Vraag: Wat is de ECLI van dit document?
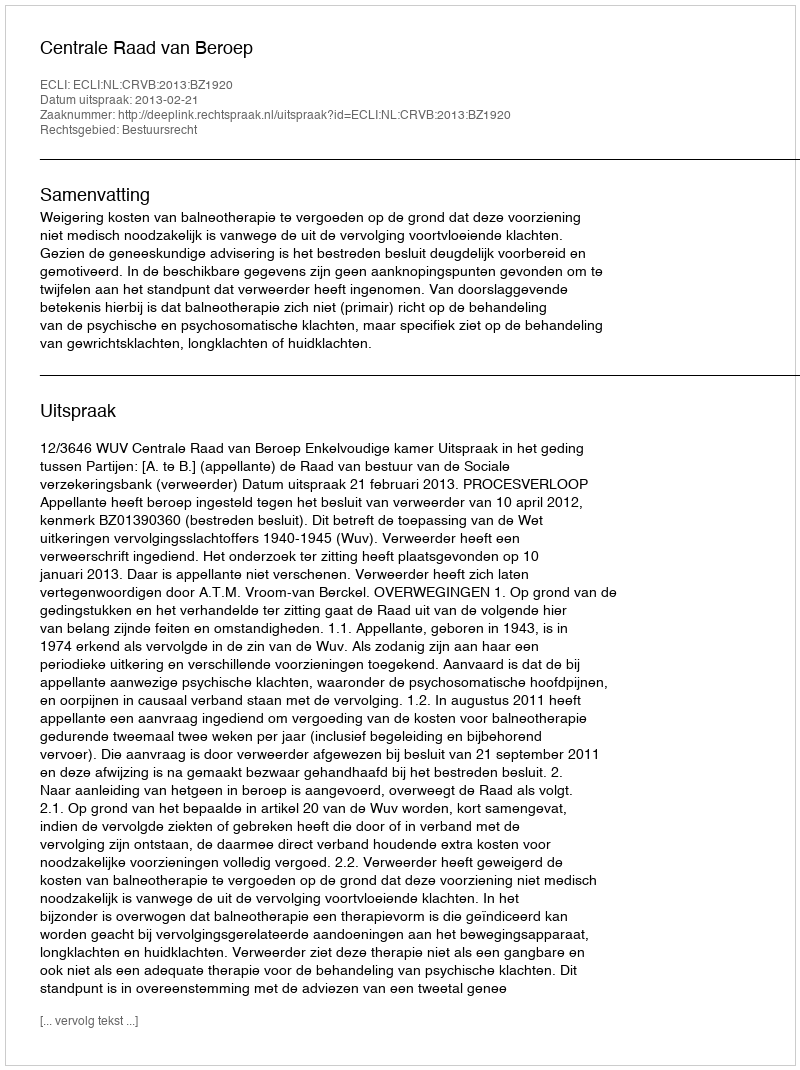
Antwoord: ECLI:NL:CRVB:2013:BZ1920